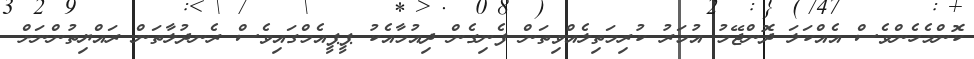
ކޮންމެހެންވެސް އެއްކަލަ ދޮންޖޭމު އުމަރު ކުރިމަތިލެއްވިތަން ފެނިގެން ދިއުމާއެކު ޕީޕީއެމްގައިވެސް ރެނދުލާތަން ރައްޔިތުންނަށް